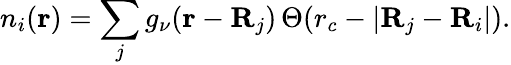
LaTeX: n_{i}(\textbf{r})=\sum_{j}g_{\nu}(\textbf{r}-\mathbf{R}_{j})\, \Theta(r_{c}-|\textbf{R}_{j}-\mathbf{R}_{i}|).